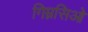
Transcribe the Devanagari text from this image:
गिम्नसिओ